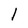
Character: l